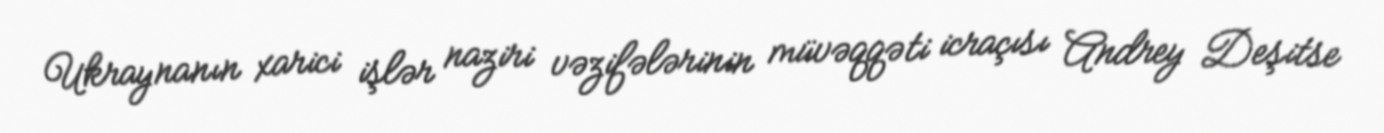
Ukraynanın xarici işlər naziri vəzifələrinin müvəqqəti icraçısı Andrey Deşitse